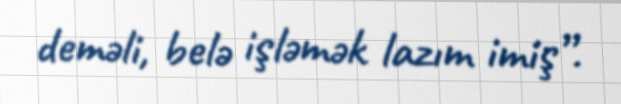
deməli, belə işləmək lazım imiş”.